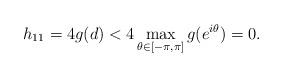
LaTeX: \begin{align*}h_{11}=4g(d) < 4\max_{\theta\in[-\pi,\pi]} g(e^{i\theta}) = 0.\end{align*}